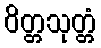
ဝိတ္တသုတ္တံ